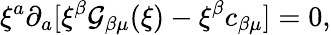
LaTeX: \xi^{a}\partial_{a}[\xi^{\beta}\mathcal{G}_{\beta\mu}(\xi)-\xi^{\beta}c_{\beta\mu}]=0,